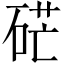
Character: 硭